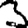
Digit: 3